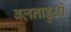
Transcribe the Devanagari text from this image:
बलनाडुओं